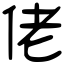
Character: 佬